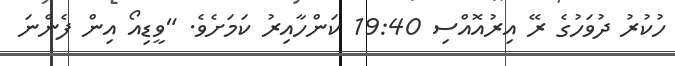
ހުކުރު ދުވަހުގެ ރޭ އިރުއޮއްސި 19:40 ކަންހާއިރު ކަމަށެވެ. "ވީޑިއޯ އިން ފެންނަ